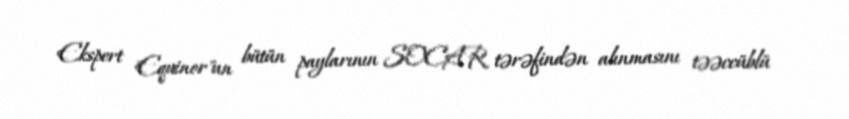
Ekspert "Equinor"un bütün paylarının SOCAR tərəfindən alınmasını təəccüblü